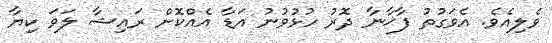
ވެލިއެވެ. އެވަގުތު ފާޚާނާ ދޮރު ހުޅުވުނު އަޑާ އެއްކޮށް ރައިޝާ ލަވަ ކިޔާ